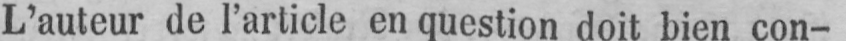
L’auteur de l’article en question doit bien con-